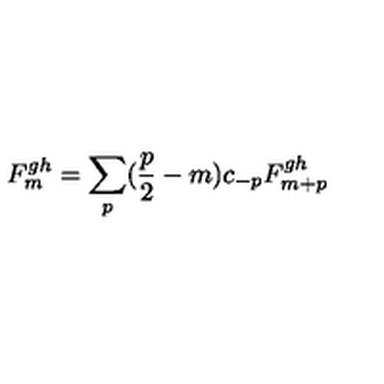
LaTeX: F _ { m } ^ { g h } = \sum _ { p } ( \frac { p } { 2 } - m ) c _ { - p } F _ { m + p } ^ { g h }